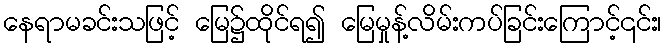
နေရာမခင်းသဖြင့် မြေ၌ထိုင်ရ၍ မြေမှုန့်လိမ်းကပ်ခြင်းကြောင့်၎င်း၊